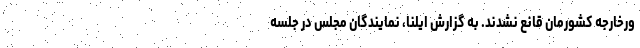
ورخارجه کشورمان قانع نشدند. به گزارش ایلنا، نمایندگان مجلس در جلسه